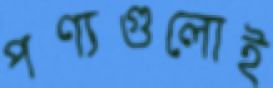
পণ্যগুলোই